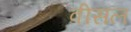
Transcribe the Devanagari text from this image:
वीसल